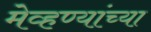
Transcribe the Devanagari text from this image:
मेव्हण्यांच्या